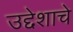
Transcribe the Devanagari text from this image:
उद्देशाचे